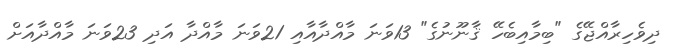
ދިވެހިރާއްޖޭގެ "ބިމާއިބެހޭ ޤާނޫނުގެ" 13ވަނަ މާއްދާއާއި 21ވަނަ މާއްދާ އަދި 23ވަނަ މާއްދާއަށް